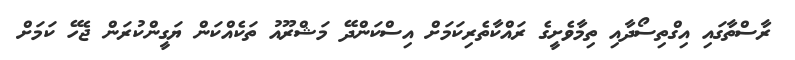
ރާސްތާގައި އިގްތިސޯދާއި ތިމާވެށީގެ ރައްކާތެރިކަމަށް އިސްކަންދޭ މަޝްރޫއު ތަކެއްކަން ޔަގީންކުރަން ޖެހޭ ކަމަށް